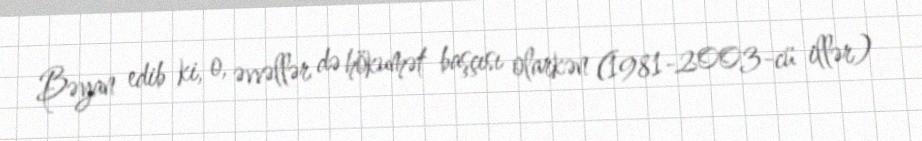
Bəyan edib ki, o, əvvəllər də hökumət başçısı olarkən (1981-2003-cü illər)